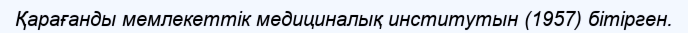
Қарағанды мемлекеттік медициналық институтын (1957) бітірген.